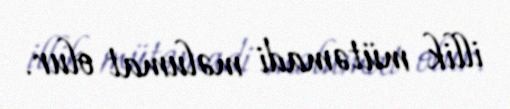
illik mütəmadi məlumat olur.